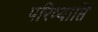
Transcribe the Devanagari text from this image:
परिव्याप्ति